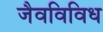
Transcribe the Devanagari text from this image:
जैवविविध